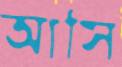
আসি